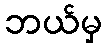
ဘယ်မှ